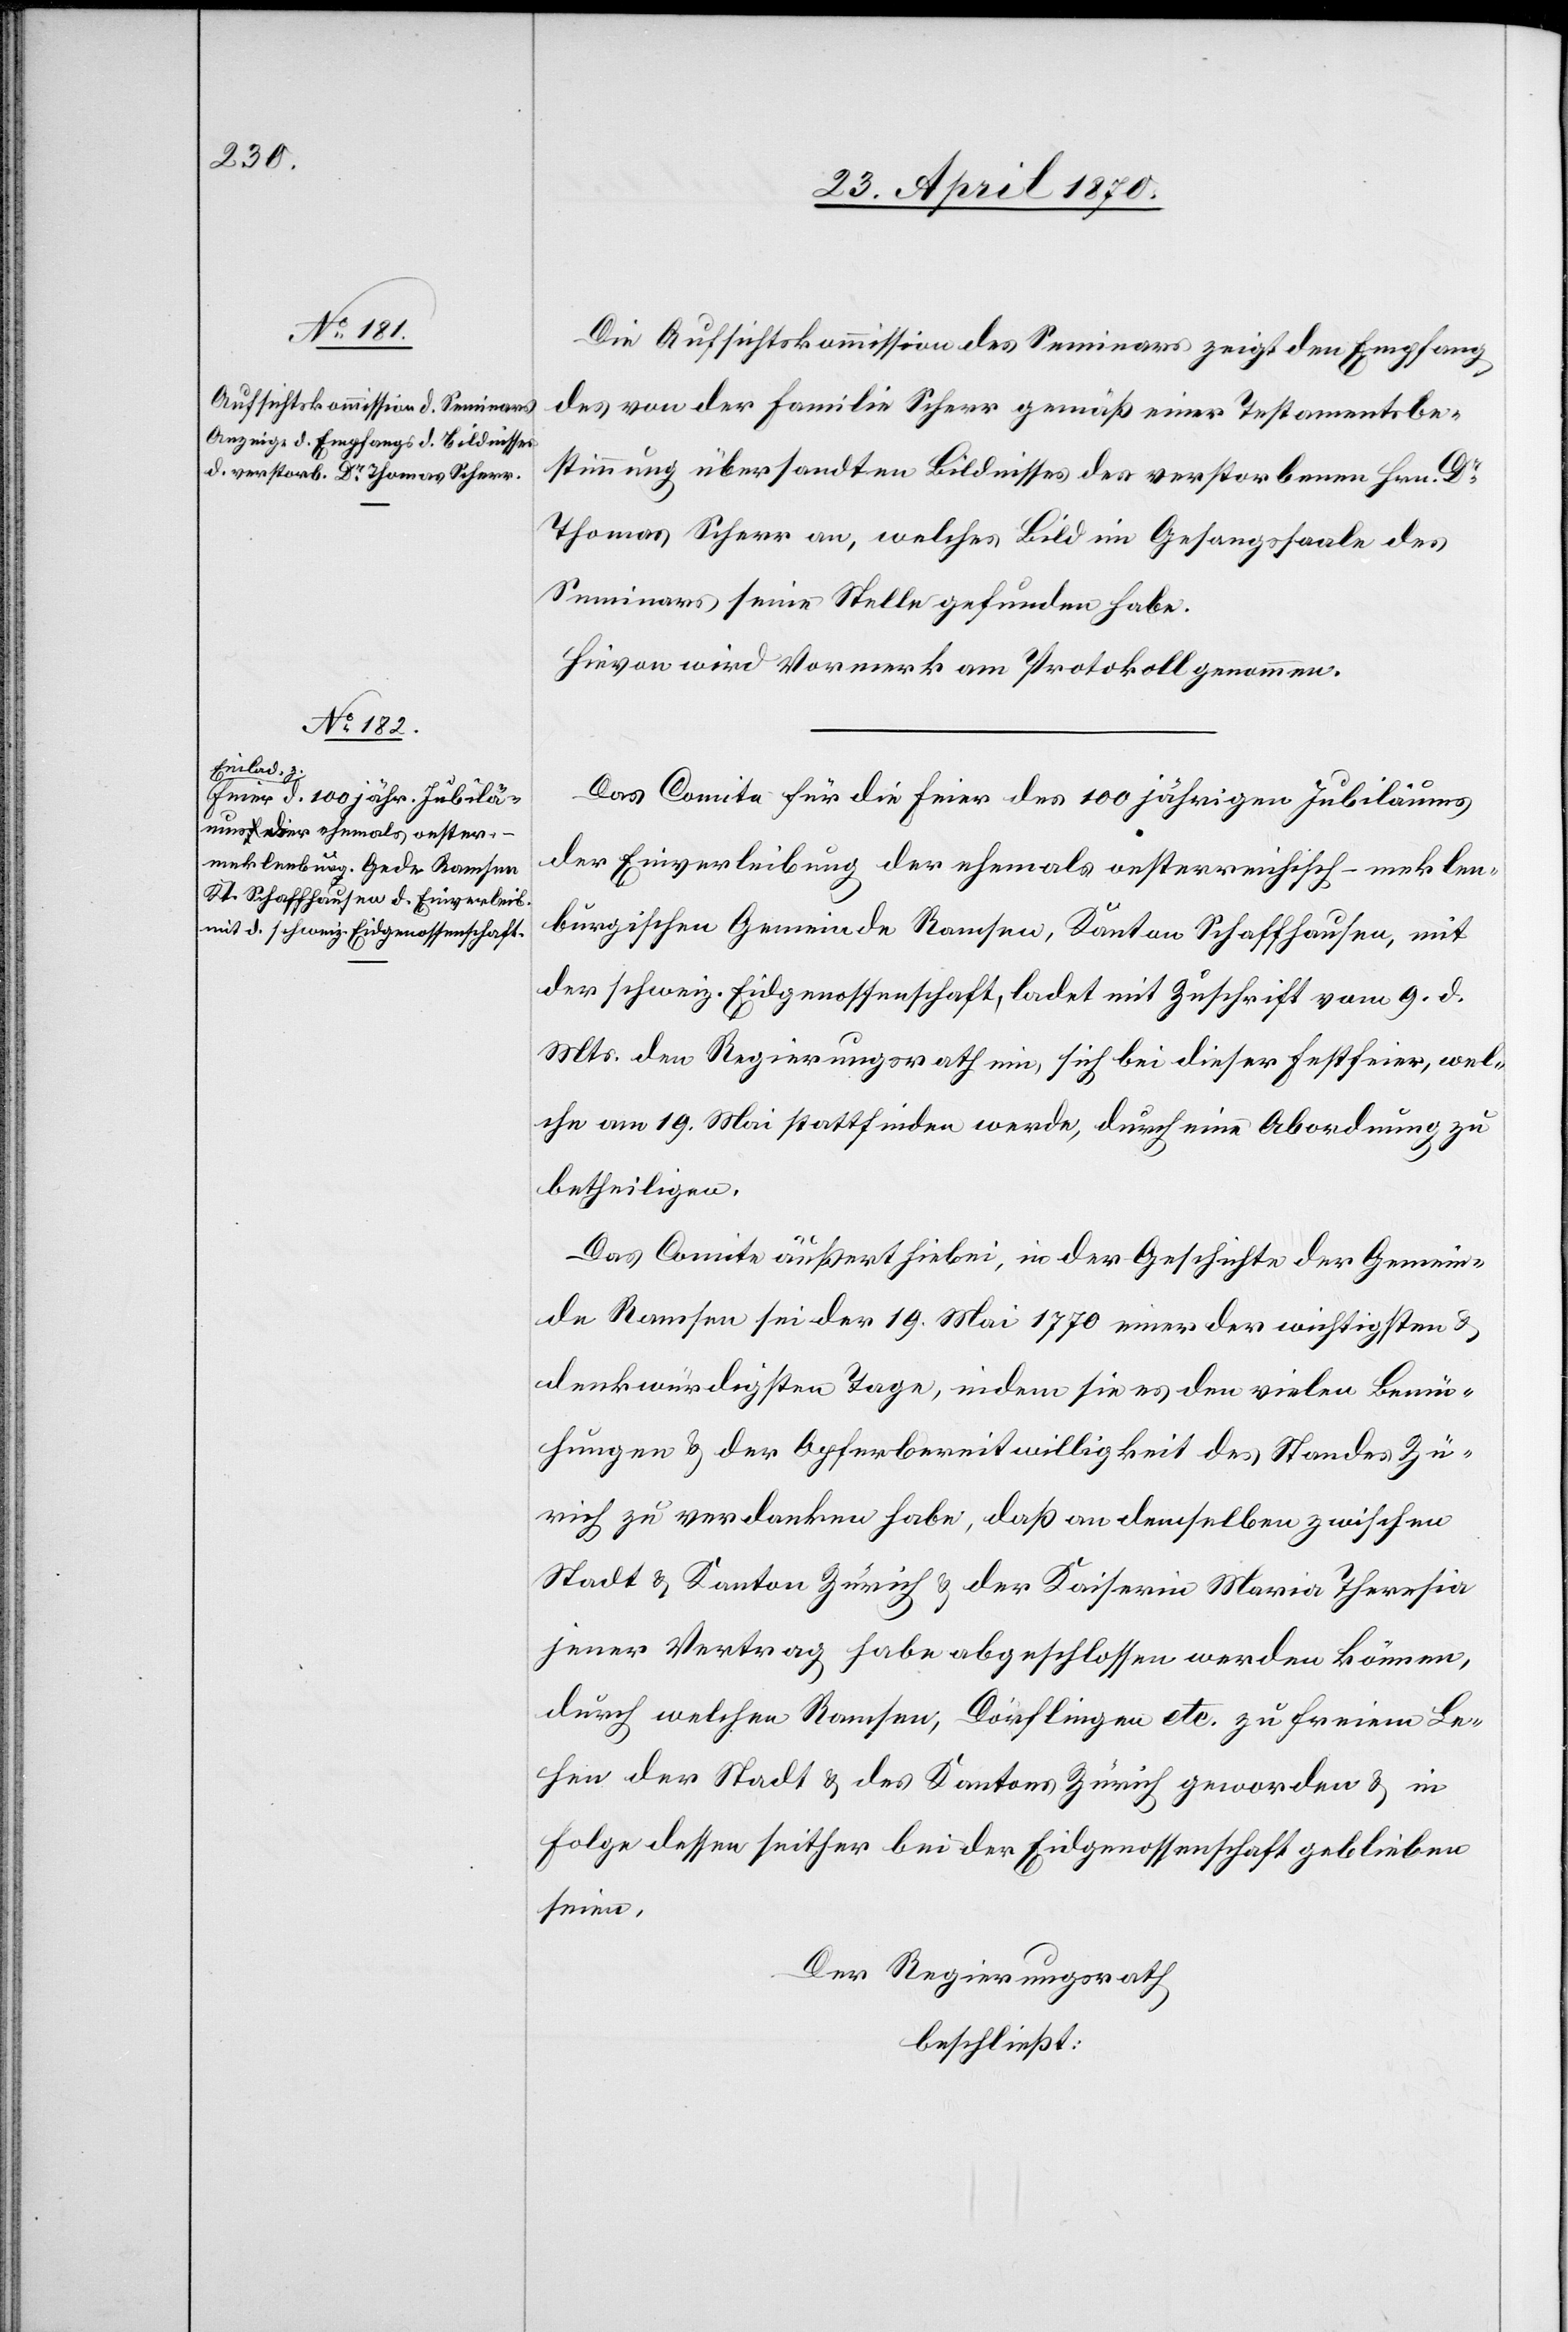
Die Aufsichtskommission des Seminars zeigt den Empfang
des von der Familie Scherr gemäß einer Testamentsbe¬
stimmung übersandten Bildnisses des verstorbenen Hrn. Dr
Thomas Scherr an, welches Bild im Gesangssaale des
Seminars seine Stelle gefunden habe.
Hievon wird Vormerk am Protokoll genommen.
Das Comite für die Feier des 100 jährigen Jubiläums
der Einverleibung der ehemals oesterreichisch-meklen¬
burgischen Gemeinde Ramsen, Kanton Schaffhausen, mit
der schweiz. Eidgenossenschaft, ladet mit Zuschrift vom 9. d.
Mts. den Regierungsrath ein, sich bei dieser Festfeier, wel¬
che am 19. Mai stattfinden werde, durch eine Abordnung zu
betheiligen.
Das Comite äußert hiebei, in der Geschichte der Gemein¬
de Ramsen sei der 19. Mai 1770 einer der wichtigsten &
denkwürdigsten Tage, indem sie es den vielen Bemü¬
hungen & der Opferbereitwilligkeit des Standes Zü¬
rich zu verdanken habe, daß an demselben zwischen
Stadt & Kanton Zürich & der Kaiserin Maria Theresia
jener Vertrag habe abgeschlossen werden können,
durch welchen Ramsen, Dörflingen etc. zu freiem Le¬
hen der Stadt & des Kantons Zürich geworden & in
Folge dessen seither bei der Eidgenossenschaft geblieben
seien.
Der Regierungsrath
beschließt: